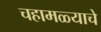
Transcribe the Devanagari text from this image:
चहामळ्याचे